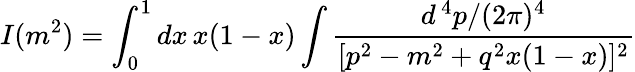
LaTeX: I(m^{2})=\int_{0}^{1}dx\, x(1-x)\int{\frac{d^{\, 4}p/(2\pi)^{4}}{[p^{2}-m^{2}+q^{2}x(1-x)]^{2}}}